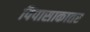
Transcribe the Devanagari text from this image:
पिपासाकातर